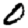
Digit: 0